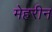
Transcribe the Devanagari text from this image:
मेहरीन